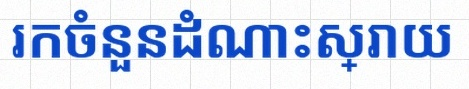
រកចំនួនដំណោះស្រាយ